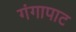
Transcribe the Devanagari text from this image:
गंगापाट